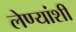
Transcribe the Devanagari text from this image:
लेण्यांशी